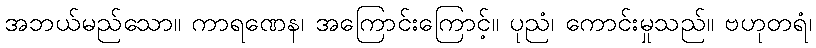
အဘယ်မည်သော။ ကာရဏေန၊ အကြောင်းကြောင့်။ ပုညံ၊ ကောင်းမှုသည်။ ဗဟုတရံ၊